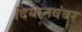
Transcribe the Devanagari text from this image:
दियानवंबर